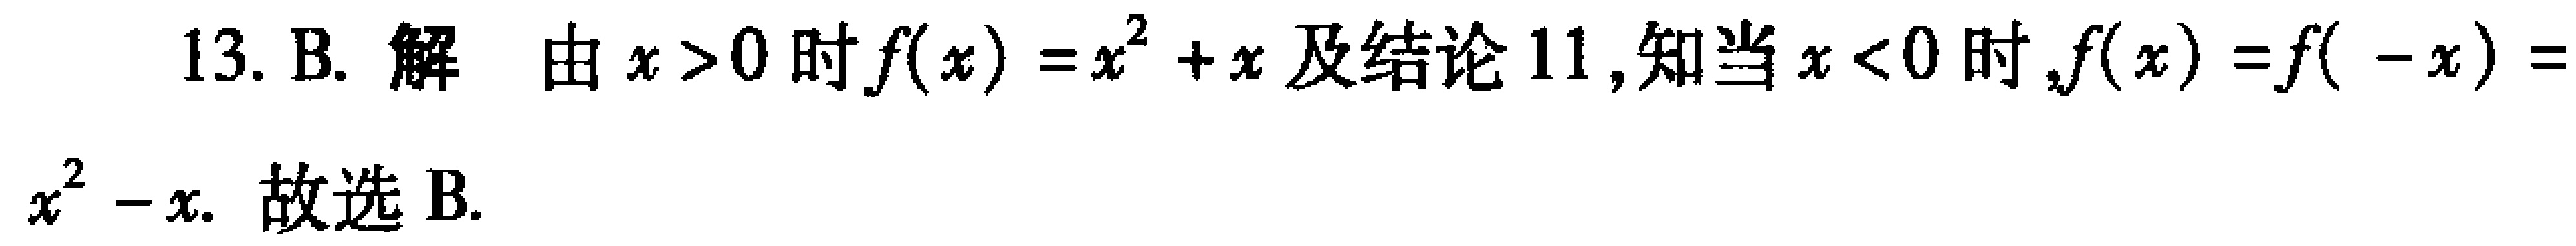
13. B. 解 由 \(x > 0\) 时 \(f(x)=x^{2}+x\) 及结论 11,知当 \(x < 0\) 时,\(f(x)=f(-x)=\) \(x^{2}-x\). 故选 B.